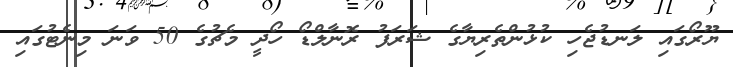
ޔޫރޯގައި ލަނޑުޖެހި ކުޅުންތެރިޔާގެ ޝަރަފު ރޮނާލްޑޯ ހޯދީ މެޗުގެ 50 ވަނަ މިނެޓުގައި